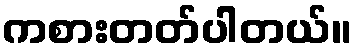
ကစားတတ်ပါတယ်။